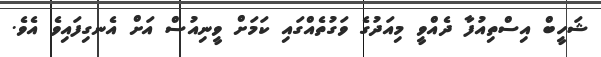
ޝަހީބް އިސްތިއުފާ ދެއްވީ މިއަދުގެ ވަގުތެއްގައި ކަމަށް ވީނިއުސް އަށް އެނގިފައިވެ އެވެ.